Report on vaccination in the Province of Bengal - 1869-1873
Year: 1869
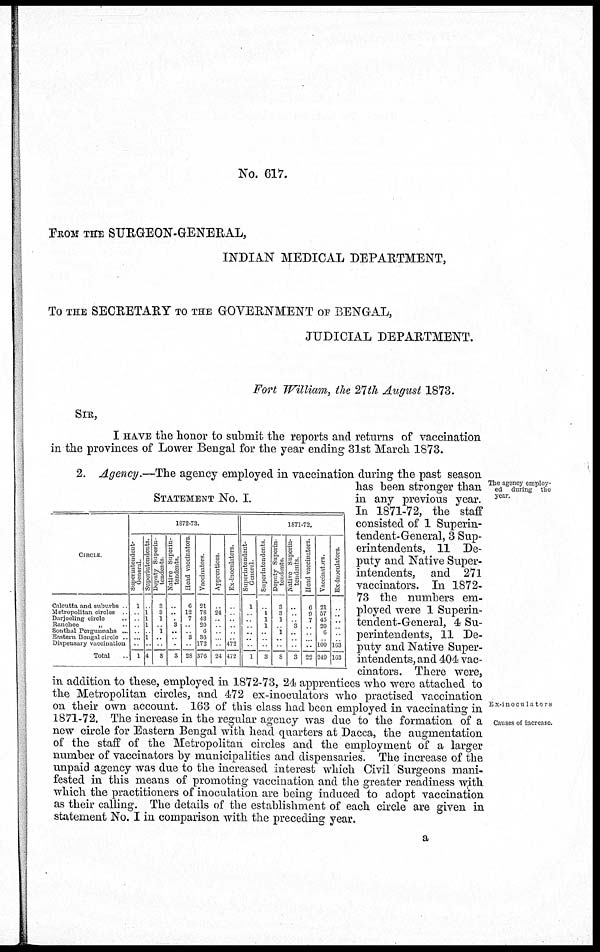
No. 617.
FROM THE SURGEON-GENERAL,
INDIAN MEDICAL DEPARTMENT,
TO THE SECRETARY TO THE GOVERNMENT OF BENGAL,
JUDICIAL DEPARTMENT.
Fort William, the 27 th August 1873.
SIR,
I HAVE the honor to submit the reports and returns of vaccination
in the provinces of Lower Bengal for the year ending 31st March 1873.
The agency employ-
ed during the
year.
Ex-inoculators
Causes of increase.
STATEMENT No. I.
CIRCLE
Calcutta and suburbs ..
Metropolitan circles ..
Darjeeling circle
..
Ranchee
„ ..
Sonthal Pergunnahs ...
Eastern Bengal circle ..
Dispensary vaccination
Total ..
1872-73.
Superintendent-
General
1
..
..
.. ..
...
..
1
Superintendents.
..
1
1
1
..
1
..
4
Deputy Superin-
tendents
3
3
1
..
1
..
..
8
Native Superin-
tendents.
..
..
..
3
..
..
..
3
Head vaccinators
6
12
7
..
..
3
..
28
Vaccinators
21
78
43
20
6
36
172
376
Apprentices.
..
24
..
..
..
...
..
24
Ex-inoculators.
..
..
..
..
..
..
472
472
1871-72.
Superintendent-
General
1
..
..
..
..
..
..
1
Superintendents
..
1
1
1
..
..
..
3
Deputy Superin-
tendents.
3
3
1
..
1
..
..
8
Native Superin-
tendents
..
..
..
3
..
..
..
3
Head vaccinators.
6
9
7
..
..
..
..
22
Vaccinators.
21
57
45
20
6
..
100
240
Ex-inoculators.
..
..
..
..
..
..
163
163
2. Agency.—The agency employed in vaccination during the past season
has been stronger than
in any previous year.
In 1871-72, the staff
consisted of 1 Superin-
tendent-General, 3 Sup-
erintendents, 11 De-
puty and Native Super-
intendents, and 271
vaccinators. In 1872-
73 the numbers em-
ployed were 1 Superin-
tendent-General, 4 Su-
perintendents, 11 De-
puty and Native Super-
intendents, and 404 vac-
cinators. There were,
in addition to these, employed in 1872-73, 24 apprentices who were attached to
the Metropolitan circles, and 472 ex-inoculators who practised vaccination
on their own account. 163 of this class had been employed in vaccinating in
1871-72. The increase in the regular agency was due to the formation of a
new circle for Eastern Bengal with head quarters at Dacca, the augmentation
of the staff of the Metropolitan circles and the employment of a larger
number of vaccinators by municipalities and dispensaries. The increase of the
unpaid agency was due to the increased interest which Civil Surgeons mani-
fested in this means of promoting vaccination and the greater readiness with
which the practitioners of inoculation are being induced to adopt vaccination
as their calling. The details of the establishment of each circle are given in
statement No. I in comparison with the preceding year.
a